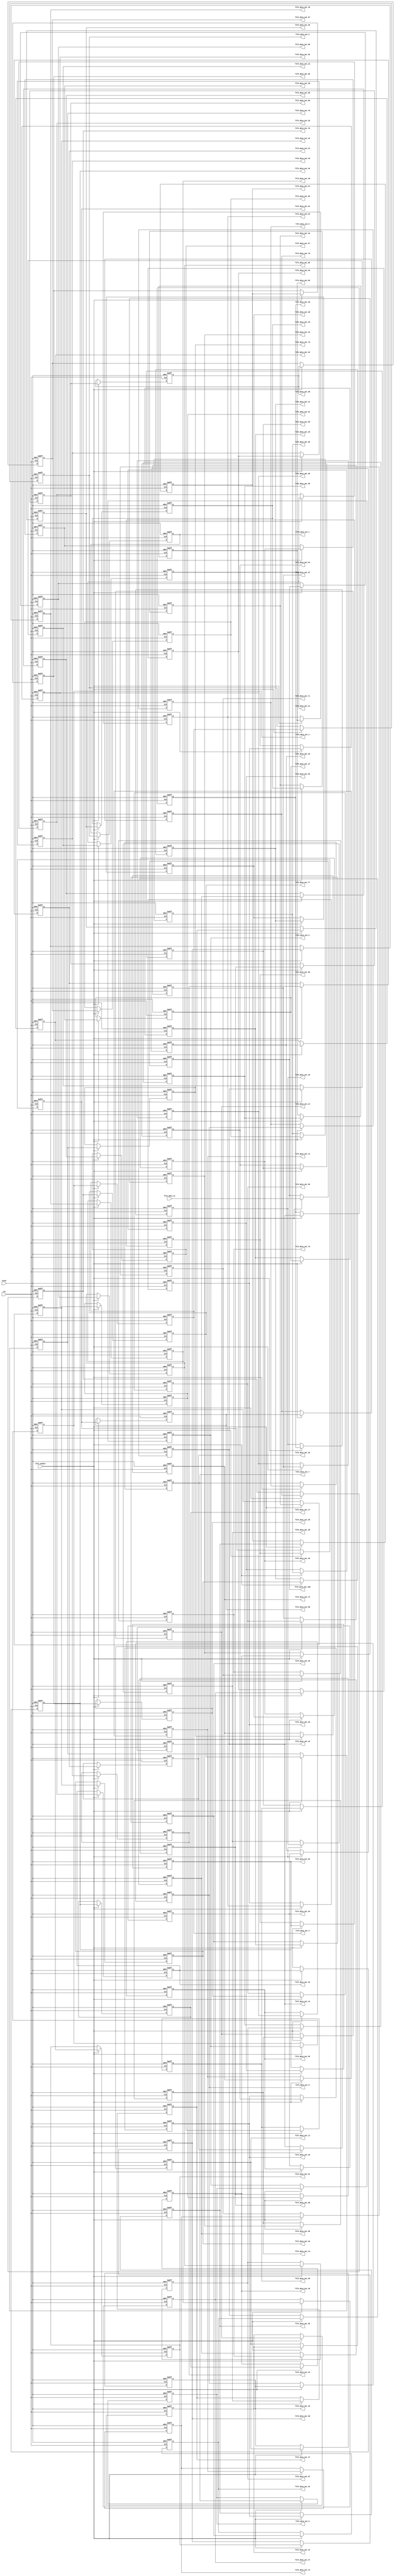
`timescale 1ns / 1ps


module 
 fo_fifo_100 #(parameter
	DATA_WIDTH = 32,
	REGS_NUM = 100
	)(
	input clk,
	input reset,
	output [DATA_WIDTH-1:0] fifo_data_out_1,
	output [DATA_WIDTH-1:0] fifo_data_out_2,
	output [DATA_WIDTH-1:0] fifo_data_out_3,
	output [DATA_WIDTH-1:0] fifo_data_out_4,
	output [DATA_WIDTH-1:0] fifo_data_out_5,
	output [DATA_WIDTH-1:0] fifo_data_out_6,
	output [DATA_WIDTH-1:0] fifo_data_out_7,
	output [DATA_WIDTH-1:0] fifo_data_out_8,
	output [DATA_WIDTH-1:0] fifo_data_out_9,
	output [DATA_WIDTH-1:0] fifo_data_out_10,
	output [DATA_WIDTH-1:0] fifo_data_out_11,
	output [DATA_WIDTH-1:0] fifo_data_out_12,
	output [DATA_WIDTH-1:0] fifo_data_out_13,
	output [DATA_WIDTH-1:0] fifo_data_out_14,
	output [DATA_WIDTH-1:0] fifo_data_out_15,
	output [DATA_WIDTH-1:0] fifo_data_out_16,
	output [DATA_WIDTH-1:0] fifo_data_out_17,
	output [DATA_WIDTH-1:0] fifo_data_out_18,
	output [DATA_WIDTH-1:0] fifo_data_out_19,
	output [DATA_WIDTH-1:0] fifo_data_out_20,
	output [DATA_WIDTH-1:0] fifo_data_out_21,
	output [DATA_WIDTH-1:0] fifo_data_out_22,
	output [DATA_WIDTH-1:0] fifo_data_out_23,
	output [DATA_WIDTH-1:0] fifo_data_out_24,
	output [DATA_WIDTH-1:0] fifo_data_out_25,
	output [DATA_WIDTH-1:0] fifo_data_out_26,
	output [DATA_WIDTH-1:0] fifo_data_out_27,
	output [DATA_WIDTH-1:0] fifo_data_out_28,
	output [DATA_WIDTH-1:0] fifo_data_out_29,
	output [DATA_WIDTH-1:0] fifo_data_out_30,
	output [DATA_WIDTH-1:0] fifo_data_out_31,
	output [DATA_WIDTH-1:0] fifo_data_out_32,
	output [DATA_WIDTH-1:0] fifo_data_out_33,
	output [DATA_WIDTH-1:0] fifo_data_out_34,
	output [DATA_WIDTH-1:0] fifo_data_out_35,
	output [DATA_WIDTH-1:0] fifo_data_out_36,
	output [DATA_WIDTH-1:0] fifo_data_out_37,
	output [DATA_WIDTH-1:0] fifo_data_out_38,
	output [DATA_WIDTH-1:0] fifo_data_out_39,
	output [DATA_WIDTH-1:0] fifo_data_out_40,
	output [DATA_WIDTH-1:0] fifo_data_out_41,
	output [DATA_WIDTH-1:0] fifo_data_out_42,
	output [DATA_WIDTH-1:0] fifo_data_out_43,
	output [DATA_WIDTH-1:0] fifo_data_out_44,
	output [DATA_WIDTH-1:0] fifo_data_out_45,
	output [DATA_WIDTH-1:0] fifo_data_out_46,
	output [DATA_WIDTH-1:0] fifo_data_out_47,
	output [DATA_WIDTH-1:0] fifo_data_out_48,
	output [DATA_WIDTH-1:0] fifo_data_out_49,
	output [DATA_WIDTH-1:0] fifo_data_out_50,
	output [DATA_WIDTH-1:0] fifo_data_out_51,
	output [DATA_WIDTH-1:0] fifo_data_out_52,
	output [DATA_WIDTH-1:0] fifo_data_out_53,
	output [DATA_WIDTH-1:0] fifo_data_out_54,
	output [DATA_WIDTH-1:0] fifo_data_out_55,
	output [DATA_WIDTH-1:0] fifo_data_out_56,
	output [DATA_WIDTH-1:0] fifo_data_out_57,
	output [DATA_WIDTH-1:0] fifo_data_out_58,
	output [DATA_WIDTH-1:0] fifo_data_out_59,
	output [DATA_WIDTH-1:0] fifo_data_out_60,
	output [DATA_WIDTH-1:0] fifo_data_out_61,
	output [DATA_WIDTH-1:0] fifo_data_out_62,
	output [DATA_WIDTH-1:0] fifo_data_out_63,
	output [DATA_WIDTH-1:0] fifo_data_out_64,
	output [DATA_WIDTH-1:0] fifo_data_out_65,
	output [DATA_WIDTH-1:0] fifo_data_out_66,
	output [DATA_WIDTH-1:0] fifo_data_out_67,
	output [DATA_WIDTH-1:0] fifo_data_out_68,
	output [DATA_WIDTH-1:0] fifo_data_out_69,
	output [DATA_WIDTH-1:0] fifo_data_out_70,
	output [DATA_WIDTH-1:0] fifo_data_out_71,
	output [DATA_WIDTH-1:0] fifo_data_out_72,
	output [DATA_WIDTH-1:0] fifo_data_out_73,
	output [DATA_WIDTH-1:0] fifo_data_out_74,
	output [DATA_WIDTH-1:0] fifo_data_out_75,
	output [DATA_WIDTH-1:0] fifo_data_out_76,
	output [DATA_WIDTH-1:0] fifo_data_out_77,
	output [DATA_WIDTH-1:0] fifo_data_out_78,
	output [DATA_WIDTH-1:0] fifo_data_out_79,
	output [DATA_WIDTH-1:0] fifo_data_out_80,
	output [DATA_WIDTH-1:0] fifo_data_out_81,
	output [DATA_WIDTH-1:0] fifo_data_out_82,
	output [DATA_WIDTH-1:0] fifo_data_out_83,
	output [DATA_WIDTH-1:0] fifo_data_out_84,
	output [DATA_WIDTH-1:0] fifo_data_out_85,
	output [DATA_WIDTH-1:0] fifo_data_out_86,
	output [DATA_WIDTH-1:0] fifo_data_out_87,
	output [DATA_WIDTH-1:0] fifo_data_out_88,
	output [DATA_WIDTH-1:0] fifo_data_out_89,
	output [DATA_WIDTH-1:0] fifo_data_out_90,
	output [DATA_WIDTH-1:0] fifo_data_out_91,
	output [DATA_WIDTH-1:0] fifo_data_out_92,
	output [DATA_WIDTH-1:0] fifo_data_out_93,
	output [DATA_WIDTH-1:0] fifo_data_out_94,
	output [DATA_WIDTH-1:0] fifo_data_out_95,
	output [DATA_WIDTH-1:0] fifo_data_out_96,
	output [DATA_WIDTH-1:0] fifo_data_out_97,
	output [DATA_WIDTH-1:0] fifo_data_out_98,
	output [DATA_WIDTH-1:0] fifo_data_out_99,
	output [DATA_WIDTH-1:0] fifo_data_out_100,
	input [DATA_WIDTH-1:0] fifo_data_in,
	input fifo_enable
	);

	reg	[DATA_WIDTH-1:0] FIFO  [REGS_NUM-1:0] ;
	always @ (posedge clk or posedge reset)
    begin
		if(reset)
		begin

			FIFO[0] <= {DATA_WIDTH{1'b0}};
			FIFO[1] <= {DATA_WIDTH{1'b0}};
			FIFO[2] <= {DATA_WIDTH{1'b0}};
			FIFO[3] <= {DATA_WIDTH{1'b0}};
			FIFO[4] <= {DATA_WIDTH{1'b0}};
			FIFO[5] <= {DATA_WIDTH{1'b0}};
			FIFO[6] <= {DATA_WIDTH{1'b0}};
			FIFO[7] <= {DATA_WIDTH{1'b0}};
			FIFO[8] <= {DATA_WIDTH{1'b0}};
			FIFO[9] <= {DATA_WIDTH{1'b0}};
			FIFO[10] <= {DATA_WIDTH{1'b0}};
			FIFO[11] <= {DATA_WIDTH{1'b0}};
			FIFO[12] <= {DATA_WIDTH{1'b0}};
			FIFO[13] <= {DATA_WIDTH{1'b0}};
			FIFO[14] <= {DATA_WIDTH{1'b0}};
			FIFO[15] <= {DATA_WIDTH{1'b0}};
			FIFO[16] <= {DATA_WIDTH{1'b0}};
			FIFO[17] <= {DATA_WIDTH{1'b0}};
			FIFO[18] <= {DATA_WIDTH{1'b0}};
			FIFO[19] <= {DATA_WIDTH{1'b0}};
			FIFO[20] <= {DATA_WIDTH{1'b0}};
			FIFO[21] <= {DATA_WIDTH{1'b0}};
			FIFO[22] <= {DATA_WIDTH{1'b0}};
			FIFO[23] <= {DATA_WIDTH{1'b0}};
			FIFO[24] <= {DATA_WIDTH{1'b0}};
			FIFO[25] <= {DATA_WIDTH{1'b0}};
			FIFO[26] <= {DATA_WIDTH{1'b0}};
			FIFO[27] <= {DATA_WIDTH{1'b0}};
			FIFO[28] <= {DATA_WIDTH{1'b0}};
			FIFO[29] <= {DATA_WIDTH{1'b0}};
			FIFO[30] <= {DATA_WIDTH{1'b0}};
			FIFO[31] <= {DATA_WIDTH{1'b0}};
			FIFO[32] <= {DATA_WIDTH{1'b0}};
			FIFO[33] <= {DATA_WIDTH{1'b0}};
			FIFO[34] <= {DATA_WIDTH{1'b0}};
			FIFO[35] <= {DATA_WIDTH{1'b0}};
			FIFO[36] <= {DATA_WIDTH{1'b0}};
			FIFO[37] <= {DATA_WIDTH{1'b0}};
			FIFO[38] <= {DATA_WIDTH{1'b0}};
			FIFO[39] <= {DATA_WIDTH{1'b0}};
			FIFO[40] <= {DATA_WIDTH{1'b0}};
			FIFO[41] <= {DATA_WIDTH{1'b0}};
			FIFO[42] <= {DATA_WIDTH{1'b0}};
			FIFO[43] <= {DATA_WIDTH{1'b0}};
			FIFO[44] <= {DATA_WIDTH{1'b0}};
			FIFO[45] <= {DATA_WIDTH{1'b0}};
			FIFO[46] <= {DATA_WIDTH{1'b0}};
			FIFO[47] <= {DATA_WIDTH{1'b0}};
			FIFO[48] <= {DATA_WIDTH{1'b0}};
			FIFO[49] <= {DATA_WIDTH{1'b0}};
			FIFO[50] <= {DATA_WIDTH{1'b0}};
			FIFO[51] <= {DATA_WIDTH{1'b0}};
			FIFO[52] <= {DATA_WIDTH{1'b0}};
			FIFO[53] <= {DATA_WIDTH{1'b0}};
			FIFO[54] <= {DATA_WIDTH{1'b0}};
			FIFO[55] <= {DATA_WIDTH{1'b0}};
			FIFO[56] <= {DATA_WIDTH{1'b0}};
			FIFO[57] <= {DATA_WIDTH{1'b0}};
			FIFO[58] <= {DATA_WIDTH{1'b0}};
			FIFO[59] <= {DATA_WIDTH{1'b0}};
			FIFO[60] <= {DATA_WIDTH{1'b0}};
			FIFO[61] <= {DATA_WIDTH{1'b0}};
			FIFO[62] <= {DATA_WIDTH{1'b0}};
			FIFO[63] <= {DATA_WIDTH{1'b0}};
			FIFO[64] <= {DATA_WIDTH{1'b0}};
			FIFO[65] <= {DATA_WIDTH{1'b0}};
			FIFO[66] <= {DATA_WIDTH{1'b0}};
			FIFO[67] <= {DATA_WIDTH{1'b0}};
			FIFO[68] <= {DATA_WIDTH{1'b0}};
			FIFO[69] <= {DATA_WIDTH{1'b0}};
			FIFO[70] <= {DATA_WIDTH{1'b0}};
			FIFO[71] <= {DATA_WIDTH{1'b0}};
			FIFO[72] <= {DATA_WIDTH{1'b0}};
			FIFO[73] <= {DATA_WIDTH{1'b0}};
			FIFO[74] <= {DATA_WIDTH{1'b0}};
			FIFO[75] <= {DATA_WIDTH{1'b0}};
			FIFO[76] <= {DATA_WIDTH{1'b0}};
			FIFO[77] <= {DATA_WIDTH{1'b0}};
			FIFO[78] <= {DATA_WIDTH{1'b0}};
			FIFO[79] <= {DATA_WIDTH{1'b0}};
			FIFO[80] <= {DATA_WIDTH{1'b0}};
			FIFO[81] <= {DATA_WIDTH{1'b0}};
			FIFO[82] <= {DATA_WIDTH{1'b0}};
			FIFO[83] <= {DATA_WIDTH{1'b0}};
			FIFO[84] <= {DATA_WIDTH{1'b0}};
			FIFO[85] <= {DATA_WIDTH{1'b0}};
			FIFO[86] <= {DATA_WIDTH{1'b0}};
			FIFO[87] <= {DATA_WIDTH{1'b0}};
			FIFO[88] <= {DATA_WIDTH{1'b0}};
			FIFO[89] <= {DATA_WIDTH{1'b0}};
			FIFO[90] <= {DATA_WIDTH{1'b0}};
			FIFO[91] <= {DATA_WIDTH{1'b0}};
			FIFO[92] <= {DATA_WIDTH{1'b0}};
			FIFO[93] <= {DATA_WIDTH{1'b0}};
			FIFO[94] <= {DATA_WIDTH{1'b0}};
			FIFO[95] <= {DATA_WIDTH{1'b0}};
			FIFO[96] <= {DATA_WIDTH{1'b0}};
			FIFO[97] <= {DATA_WIDTH{1'b0}};
			FIFO[98] <= {DATA_WIDTH{1'b0}};
			FIFO[99] <= {DATA_WIDTH{1'b0}};
		end
        else if(fifo_enable)
		begin
			FIFO[0] <= fifo_data_in;
			FIFO[1] <= FIFO[0];
			FIFO[2] <= FIFO[1];
			FIFO[3] <= FIFO[2];
			FIFO[4] <= FIFO[3];
			FIFO[5] <= FIFO[4];
			FIFO[6] <= FIFO[5];
			FIFO[7] <= FIFO[6];
			FIFO[8] <= FIFO[7];
			FIFO[9] <= FIFO[8];
			FIFO[10] <= FIFO[9];
			FIFO[11] <= FIFO[10];
			FIFO[12] <= FIFO[11];
			FIFO[13] <= FIFO[12];
			FIFO[14] <= FIFO[13];
			FIFO[15] <= FIFO[14];
			FIFO[16] <= FIFO[15];
			FIFO[17] <= FIFO[16];
			FIFO[18] <= FIFO[17];
			FIFO[19] <= FIFO[18];
			FIFO[20] <= FIFO[19];
			FIFO[21] <= FIFO[20];
			FIFO[22] <= FIFO[21];
			FIFO[23] <= FIFO[22];
			FIFO[24] <= FIFO[23];
			FIFO[25] <= FIFO[24];
			FIFO[26] <= FIFO[25];
			FIFO[27] <= FIFO[26];
			FIFO[28] <= FIFO[27];
			FIFO[29] <= FIFO[28];
			FIFO[30] <= FIFO[29];
			FIFO[31] <= FIFO[30];
			FIFO[32] <= FIFO[31];
			FIFO[33] <= FIFO[32];
			FIFO[34] <= FIFO[33];
			FIFO[35] <= FIFO[34];
			FIFO[36] <= FIFO[35];
			FIFO[37] <= FIFO[36];
			FIFO[38] <= FIFO[37];
			FIFO[39] <= FIFO[38];
			FIFO[40] <= FIFO[39];
			FIFO[41] <= FIFO[40];
			FIFO[42] <= FIFO[41];
			FIFO[43] <= FIFO[42];
			FIFO[44] <= FIFO[43];
			FIFO[45] <= FIFO[44];
			FIFO[46] <= FIFO[45];
			FIFO[47] <= FIFO[46];
			FIFO[48] <= FIFO[47];
			FIFO[49] <= FIFO[48];
			FIFO[50] <= FIFO[49];
			FIFO[51] <= FIFO[50];
			FIFO[52] <= FIFO[51];
			FIFO[53] <= FIFO[52];
			FIFO[54] <= FIFO[53];
			FIFO[55] <= FIFO[54];
			FIFO[56] <= FIFO[55];
			FIFO[57] <= FIFO[56];
			FIFO[58] <= FIFO[57];
			FIFO[59] <= FIFO[58];
			FIFO[60] <= FIFO[59];
			FIFO[61] <= FIFO[60];
			FIFO[62] <= FIFO[61];
			FIFO[63] <= FIFO[62];
			FIFO[64] <= FIFO[63];
			FIFO[65] <= FIFO[64];
			FIFO[66] <= FIFO[65];
			FIFO[67] <= FIFO[66];
			FIFO[68] <= FIFO[67];
			FIFO[69] <= FIFO[68];
			FIFO[70] <= FIFO[69];
			FIFO[71] <= FIFO[70];
			FIFO[72] <= FIFO[71];
			FIFO[73] <= FIFO[72];
			FIFO[74] <= FIFO[73];
			FIFO[75] <= FIFO[74];
			FIFO[76] <= FIFO[75];
			FIFO[77] <= FIFO[76];
			FIFO[78] <= FIFO[77];
			FIFO[79] <= FIFO[78];
			FIFO[80] <= FIFO[79];
			FIFO[81] <= FIFO[80];
			FIFO[82] <= FIFO[81];
			FIFO[83] <= FIFO[82];
			FIFO[84] <= FIFO[83];
			FIFO[85] <= FIFO[84];
			FIFO[86] <= FIFO[85];
			FIFO[87] <= FIFO[86];
			FIFO[88] <= FIFO[87];
			FIFO[89] <= FIFO[88];
			FIFO[90] <= FIFO[89];
			FIFO[91] <= FIFO[90];
			FIFO[92] <= FIFO[91];
			FIFO[93] <= FIFO[92];
			FIFO[94] <= FIFO[93];
			FIFO[95] <= FIFO[94];
			FIFO[96] <= FIFO[95];
			FIFO[97] <= FIFO[96];
			FIFO[98] <= FIFO[97];
			FIFO[99] <= FIFO[98];
		end
	end

	assign    fifo_data_out_1 = FIFO[99];
	assign    fifo_data_out_2 = FIFO[98];
	assign    fifo_data_out_3 = FIFO[97];
	assign    fifo_data_out_4 = FIFO[96];
	assign    fifo_data_out_5 = FIFO[95];
	assign    fifo_data_out_6 = FIFO[94];
	assign    fifo_data_out_7 = FIFO[93];
	assign    fifo_data_out_8 = FIFO[92];
	assign    fifo_data_out_9 = FIFO[91];
	assign    fifo_data_out_10 = FIFO[90];
	assign    fifo_data_out_11 = FIFO[89];
	assign    fifo_data_out_12 = FIFO[88];
	assign    fifo_data_out_13 = FIFO[87];
	assign    fifo_data_out_14 = FIFO[86];
	assign    fifo_data_out_15 = FIFO[85];
	assign    fifo_data_out_16 = FIFO[84];
	assign    fifo_data_out_17 = FIFO[83];
	assign    fifo_data_out_18 = FIFO[82];
	assign    fifo_data_out_19 = FIFO[81];
	assign    fifo_data_out_20 = FIFO[80];
	assign    fifo_data_out_21 = FIFO[79];
	assign    fifo_data_out_22 = FIFO[78];
	assign    fifo_data_out_23 = FIFO[77];
	assign    fifo_data_out_24 = FIFO[76];
	assign    fifo_data_out_25 = FIFO[75];
	assign    fifo_data_out_26 = FIFO[74];
	assign    fifo_data_out_27 = FIFO[73];
	assign    fifo_data_out_28 = FIFO[72];
	assign    fifo_data_out_29 = FIFO[71];
	assign    fifo_data_out_30 = FIFO[70];
	assign    fifo_data_out_31 = FIFO[69];
	assign    fifo_data_out_32 = FIFO[68];
	assign    fifo_data_out_33 = FIFO[67];
	assign    fifo_data_out_34 = FIFO[66];
	assign    fifo_data_out_35 = FIFO[65];
	assign    fifo_data_out_36 = FIFO[64];
	assign    fifo_data_out_37 = FIFO[63];
	assign    fifo_data_out_38 = FIFO[62];
	assign    fifo_data_out_39 = FIFO[61];
	assign    fifo_data_out_40 = FIFO[60];
	assign    fifo_data_out_41 = FIFO[59];
	assign    fifo_data_out_42 = FIFO[58];
	assign    fifo_data_out_43 = FIFO[57];
	assign    fifo_data_out_44 = FIFO[56];
	assign    fifo_data_out_45 = FIFO[55];
	assign    fifo_data_out_46 = FIFO[54];
	assign    fifo_data_out_47 = FIFO[53];
	assign    fifo_data_out_48 = FIFO[52];
	assign    fifo_data_out_49 = FIFO[51];
	assign    fifo_data_out_50 = FIFO[50];
	assign    fifo_data_out_51 = FIFO[49];
	assign    fifo_data_out_52 = FIFO[48];
	assign    fifo_data_out_53 = FIFO[47];
	assign    fifo_data_out_54 = FIFO[46];
	assign    fifo_data_out_55 = FIFO[45];
	assign    fifo_data_out_56 = FIFO[44];
	assign    fifo_data_out_57 = FIFO[43];
	assign    fifo_data_out_58 = FIFO[42];
	assign    fifo_data_out_59 = FIFO[41];
	assign    fifo_data_out_60 = FIFO[40];
	assign    fifo_data_out_61 = FIFO[39];
	assign    fifo_data_out_62 = FIFO[38];
	assign    fifo_data_out_63 = FIFO[37];
	assign    fifo_data_out_64 = FIFO[36];
	assign    fifo_data_out_65 = FIFO[35];
	assign    fifo_data_out_66 = FIFO[34];
	assign    fifo_data_out_67 = FIFO[33];
	assign    fifo_data_out_68 = FIFO[32];
	assign    fifo_data_out_69 = FIFO[31];
	assign    fifo_data_out_70 = FIFO[30];
	assign    fifo_data_out_71 = FIFO[29];
	assign    fifo_data_out_72 = FIFO[28];
	assign    fifo_data_out_73 = FIFO[27];
	assign    fifo_data_out_74 = FIFO[26];
	assign    fifo_data_out_75 = FIFO[25];
	assign    fifo_data_out_76 = FIFO[24];
	assign    fifo_data_out_77 = FIFO[23];
	assign    fifo_data_out_78 = FIFO[22];
	assign    fifo_data_out_79 = FIFO[21];
	assign    fifo_data_out_80 = FIFO[20];
	assign    fifo_data_out_81 = FIFO[19];
	assign    fifo_data_out_82 = FIFO[18];
	assign    fifo_data_out_83 = FIFO[17];
	assign    fifo_data_out_84 = FIFO[16];
	assign    fifo_data_out_85 = FIFO[15];
	assign    fifo_data_out_86 = FIFO[14];
	assign    fifo_data_out_87 = FIFO[13];
	assign    fifo_data_out_88 = FIFO[12];
	assign    fifo_data_out_89 = FIFO[11];
	assign    fifo_data_out_90 = FIFO[10];
	assign    fifo_data_out_91 = FIFO[9];
	assign    fifo_data_out_92 = FIFO[8];
	assign    fifo_data_out_93 = FIFO[7];
	assign    fifo_data_out_94 = FIFO[6];
	assign    fifo_data_out_95 = FIFO[5];
	assign    fifo_data_out_96 = FIFO[4];
	assign    fifo_data_out_97 = FIFO[3];
	assign    fifo_data_out_98 = FIFO[2];
	assign    fifo_data_out_99 = FIFO[1];
	assign    fifo_data_out_100 = FIFO[0];
endmodule